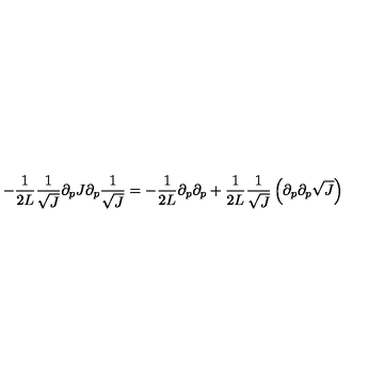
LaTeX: - \frac { 1 } { 2 L } \frac { 1 } { \sqrt { J } } \partial _ { p } J \partial _ { p } \frac { 1 } { \sqrt { J } } = - \frac { 1 } { 2 L } \partial _ { p } \partial _ { p } + \frac { 1 } { 2 L } \frac { 1 } { \sqrt { J } } \left( \partial _ { p } \partial _ { p } \sqrt { J } \right)